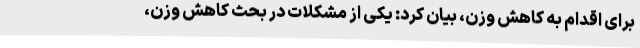
برای اقدام به کاهش وزن، بیان کرد: یکی از مشکلات در بحث کاهش وزن،